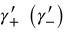
\gamma _ { + } ^ { \prime } \; \left( \gamma _ { - } ^ { \prime } \right)